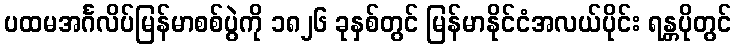
ပထမအင်္ဂလိပ်မြန်မာစစ်ပွဲကို ၁၈၂၆ ခုနှစ်တွင် မြန်မာနိုင်ငံအလယ်ပိုင်း ရန္တပိုတွင်